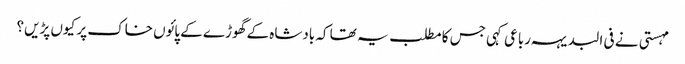
مہستی نے فی البدیہہ رباعی کہی جس کا مطلب یہ تھا کہ بادشاہ کے گھوڑے کے پائوں خاک پر کیوں پڑیں؟